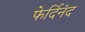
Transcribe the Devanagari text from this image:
फेर्दिनंद